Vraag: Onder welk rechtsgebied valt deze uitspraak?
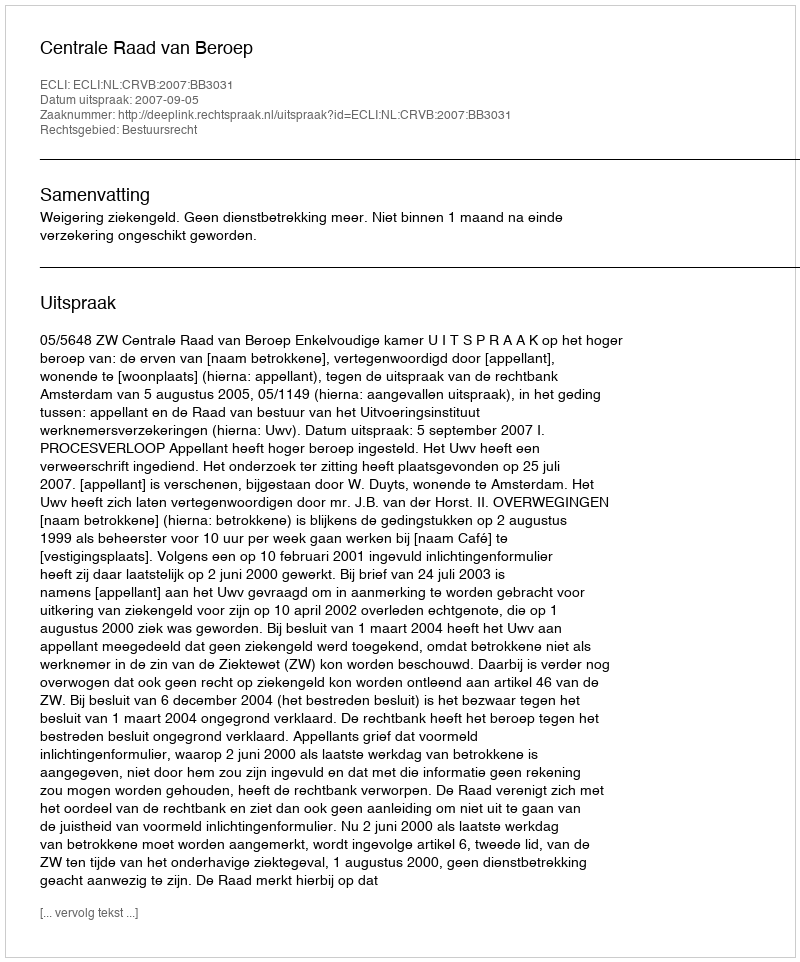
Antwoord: Bestuursrecht